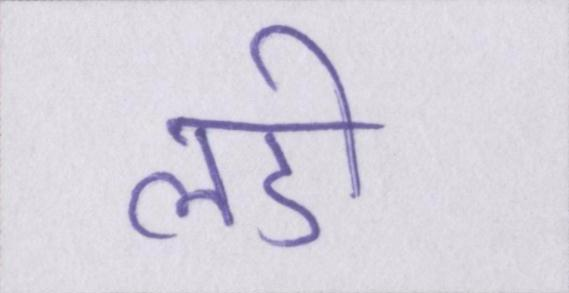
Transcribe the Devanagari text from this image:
लडी